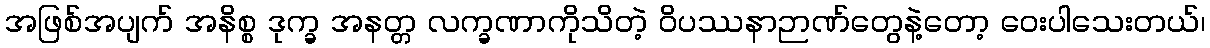
အဖြစ်အပျက် အနိစ္စ ဒုက္ခ အနတ္တ လက္ခဏာကိုသိတဲ့ ဝိပဿနာဉာဏ်တွေနဲ့တော့ ဝေးပါသေးတယ်၊